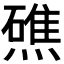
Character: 𭶗